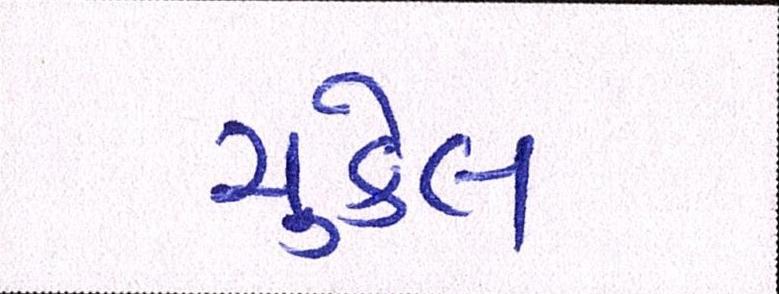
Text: ચુકેલ